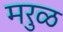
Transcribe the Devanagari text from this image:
मरुळ